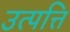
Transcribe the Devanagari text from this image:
उत्पत्ति